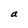
Character: a